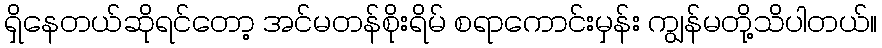
ရှိနေတယ်ဆိုရင်တော့ အင်မတန်စိုးရိမ် စရာကောင်းမှန်း ကျွန်မတို့သိပါတယ်။